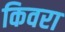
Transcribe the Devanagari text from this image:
किवरा